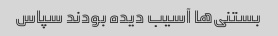
بستنی‌ها آسیب دیده بودند سپاس